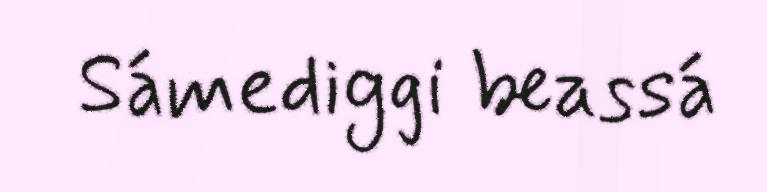
Sámediggi beassá